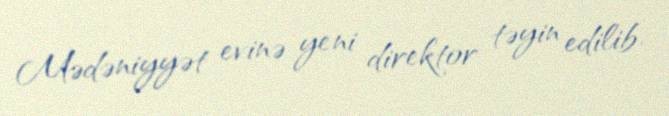
Mədəniyyət evinə yeni direktor təyin edilib.